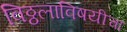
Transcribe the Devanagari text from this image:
विठ्ठलाविषयीचा